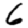
Digit: 6